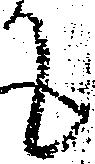
て